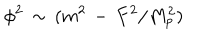
\phi ^ { 2 } \, \sim \, ( m ^ { 2 } \, - \, F ^ { 2 } / M _ { p } ^ { 2 } )